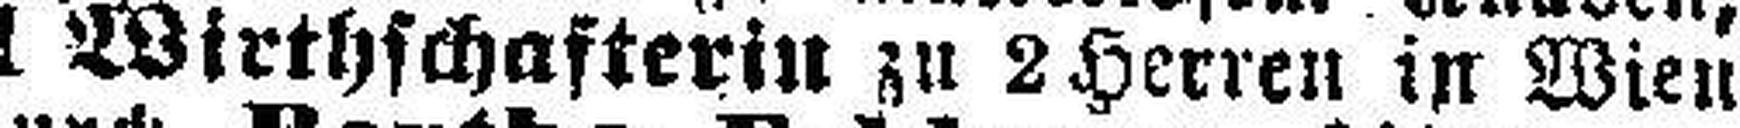
1 Wirthschafterin zu 2 Herren in Wien